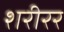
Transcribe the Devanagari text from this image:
शरीरर